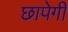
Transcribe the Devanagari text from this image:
छापेगी